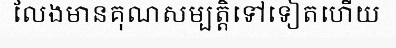
លែងមានគុណសម្បត្តិទៅទៀតហើយ